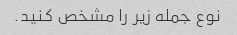
نوع جمله زیر را مشخص کنید.